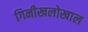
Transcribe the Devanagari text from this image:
गिनीखलोखाल